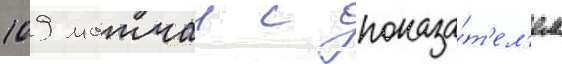
109 матчеи с показа́т'ел'ем